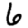
Digit: 6